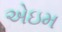
એઇમ